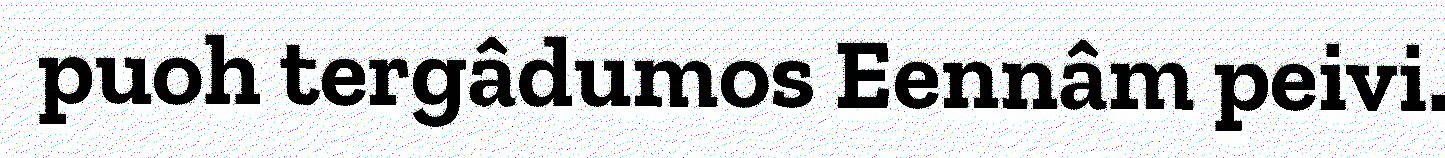
puoh tergâdumos Eennâm peivi.